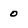
Character: 0